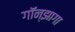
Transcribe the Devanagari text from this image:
गॉन्झागा